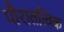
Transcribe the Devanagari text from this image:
पौरातत्विक